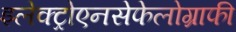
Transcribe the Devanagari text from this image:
इलेक्ट्रोएनसेफेलोग्राफी